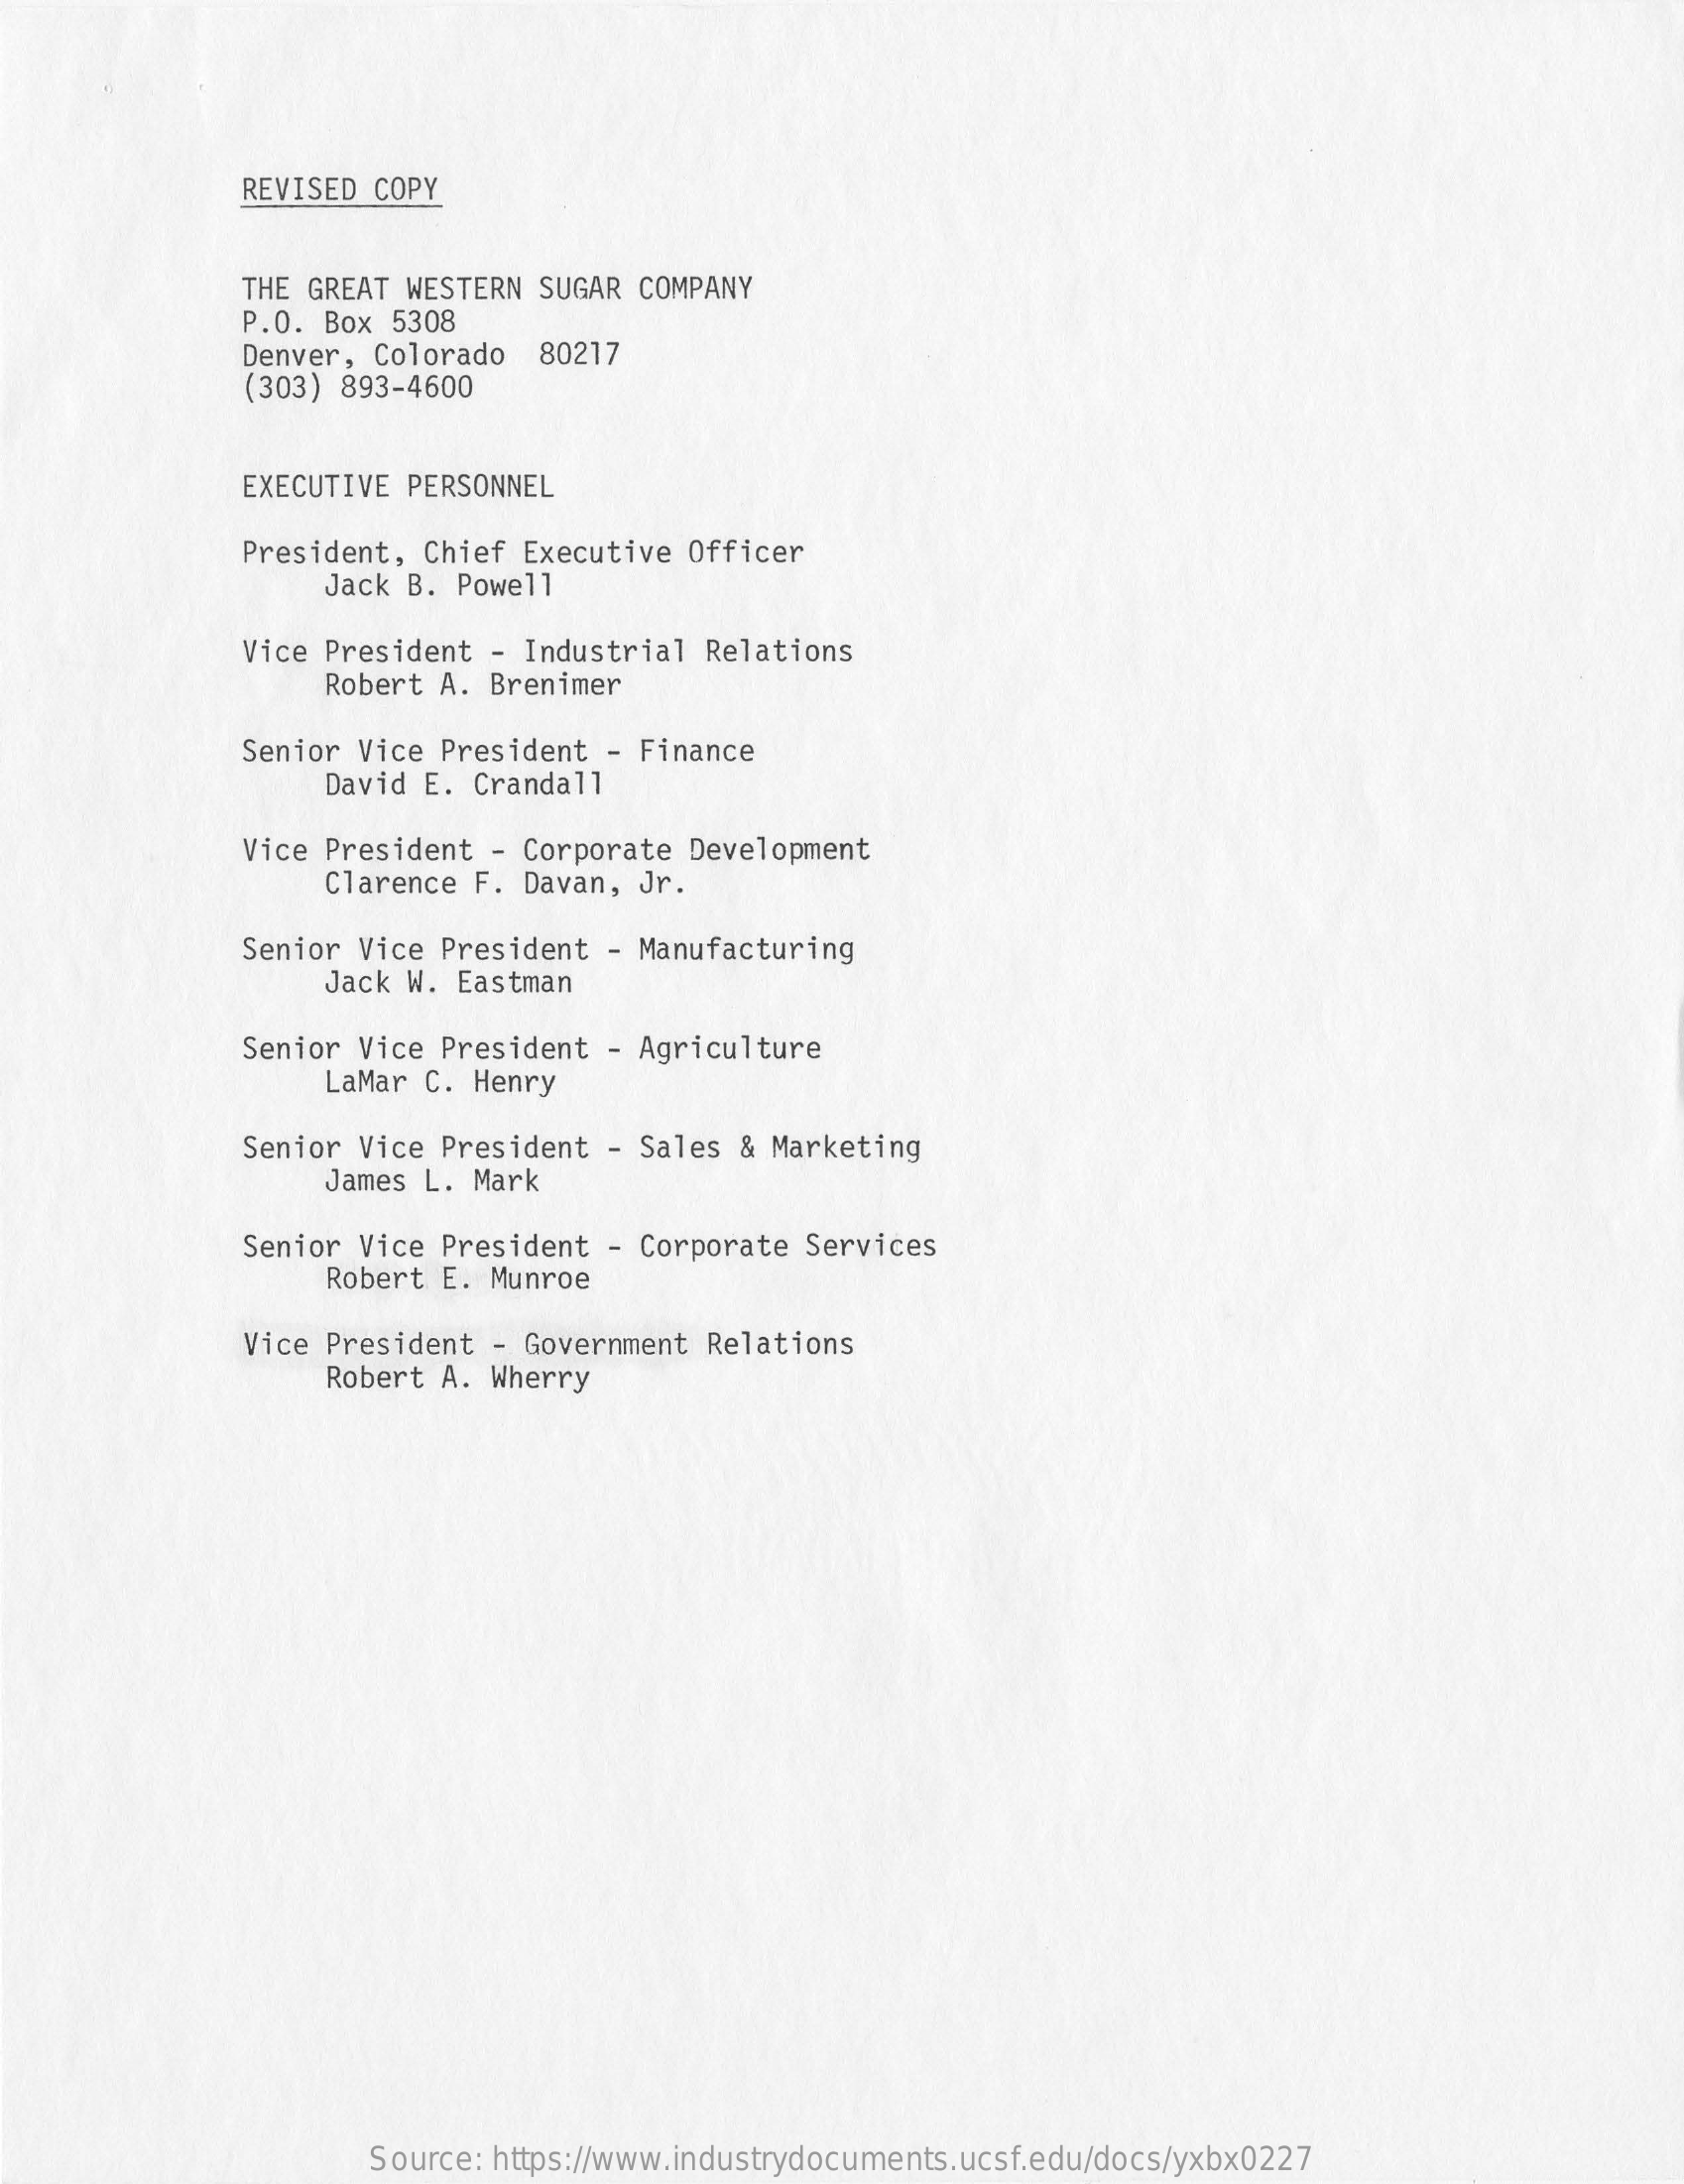
REVISED COPY
     THE GREAT WESTERN  SUGAR COMPANY
     P.O. Box 5308
     Denver, Colorado  80217
     (303) 893-4600
     EXECUTIVE PERSONNEL
     President, Chief  Executive Officer
     Jack B. Powell
     Vice President  - Industrial Relations
     Robert A. Brenimer
     Senior Vice  President - Finance
     David E. Crandall
     Vice President  - Corporate Development
     Clarence F. Davan, Jr.
     Senior Vice  President - Manufacturing
     Jack W. Eastman
     Senior Vice  President - Agriculture
     LaMar C. Henry
     Senior Vice President - Sales & Marketing
     James L. Mark
     Senior Vice  President - Corporate  Services
     Robert E. Munroe
     Vice President  - Government Relations
     Robert A. Wherry
     Source: https://www.industrydocuments.ucsf.edu/docs/yxbx0227